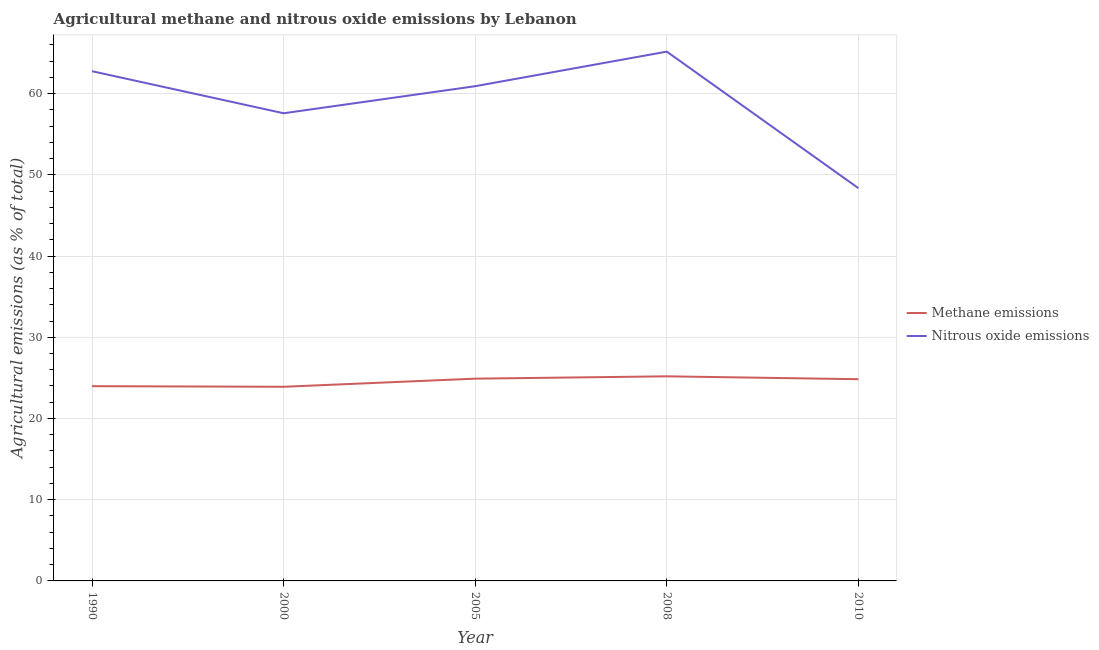
| Year | Methane emissions | Nitrous oxide emissions |
 | --- | --- | --- |
 | 1990 | 24 | 62.8 |
 | 2000 | 23.9 | 57.6 |
 | 2005 | 24.9 | 60.9 |
 | 2008 | 25.2 | 65.2 |
 | 2010 | 24.8 | 48.4 |